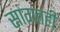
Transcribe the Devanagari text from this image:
सांगतही